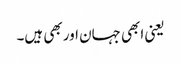
یعنی ابھی جہان اور بھی ہیں۔